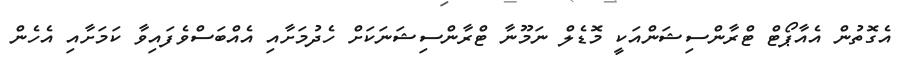
އެގޮތުން އެއާޕޯޓް ޓްރާންސިޝަންއަކީ މޮޑެލް ނަމޫނާ ޓްރާންސިޝަނަކަށް ހެދުމަށާއި އެއްބަސްވެފައިވާ ކަމަށާއި އެހެން